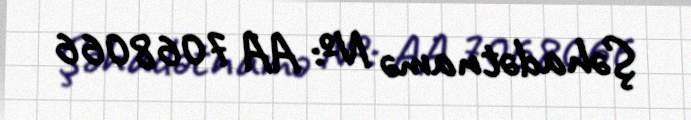
Şəhadətnamə №: AA 7068066